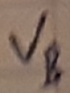
Text: VB